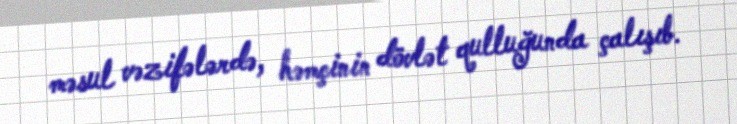
məsul vəzifələrdə, həmçinin dövlət qulluğunda çalışıb.